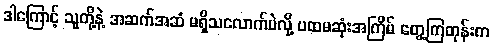
ဒါကြောင့် သူတို့နဲ့ အဆက်အဆံ မရှိသလောက်ပဲလို့ ပထမဆုံးအကြိမ် တွေ့ကြတုန်းက